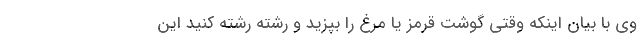
وی با بیان اینکه وقتی گوشت قرمز یا مرغ را بپزید و رشته رشته کنید این